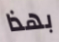
بهذا